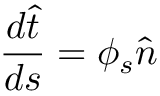
\frac { d \hat { t } } { d s } = \phi _ { s } \hat { n }